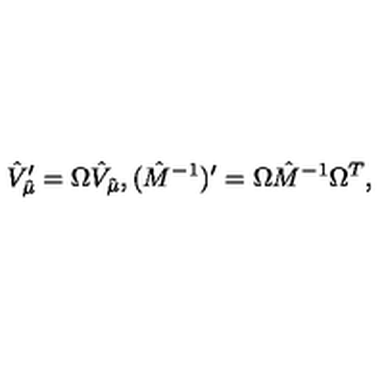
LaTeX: { \hat { V } } _ { \hat { \mu } } ^ { \prime } = \Omega { \hat { V } } _ { \hat { \mu } } , ( { \hat { M } } ^ { - 1 } ) ^ { \prime } = \Omega { \hat { M } } ^ { - 1 } \Omega ^ { T } ,